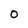
Character: 0